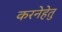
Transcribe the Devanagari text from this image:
करनेहेतु